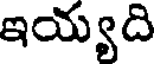
ఇయ్యది